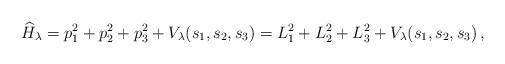
LaTeX: \begin{align*} \widehat{H}_\lambda=p_1^2+p_2^2+p_3^2+V_\lambda(s_1,s_2,s_3) =L_1^2+L_2^2+L_3^2+V_\lambda(s_1,s_2,s_3) \,, \end{align*}